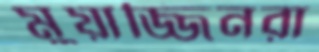
মুয়াজ্জিনরা